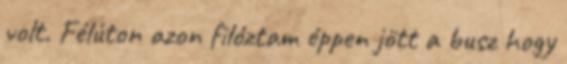
volt. Félúton azon filóztam éppen jött a busz hogy